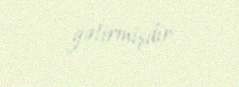
gətirmişdir.